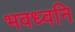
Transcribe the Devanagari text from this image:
भवध्वनि